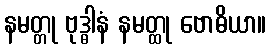
နမတ္တု ဗုဒ္ဓါနံ နမတ္ထု ဗောဓိယာ။